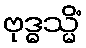
ဗုဒ္ဓသ္မိံ